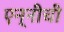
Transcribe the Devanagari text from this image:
एन्नीची